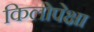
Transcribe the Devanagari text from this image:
किलोपेक्षा